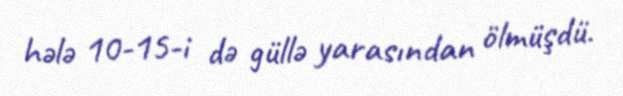
hələ 10-15-i də güllə yarasından ölmüşdü.